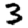
Digit: 3